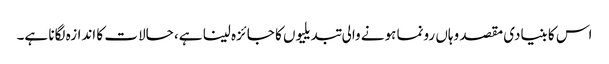
اس کا بنیادی مقصد وہاں رونما ہونے والی تبدیلیوں کا جائزہ لینا ہے، حالات کا اندازہ لگانا ہے۔